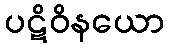
ပဋိဝိနယော